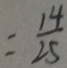
= \frac { 1 4 } { 2 5 }